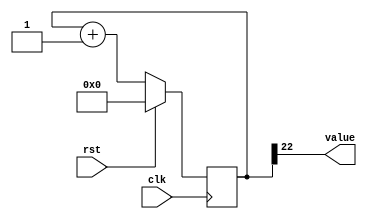
/*
   This file was generated automatically by Alchitry Labs version 1.2.7.
   Do not edit this file directly. Instead edit the original Lucid source.
   This is a temporary file and any changes made to it will be destroyed.
*/

/*
   Parameters:
     SIZE = 1
     DIV = 22
     TOP = 0
     UP = 1
*/
module counter_13 (
    input clk,
    input rst,
    output reg [0:0] value
  );
  
  localparam SIZE = 1'h1;
  localparam DIV = 5'h16;
  localparam TOP = 1'h0;
  localparam UP = 1'h1;
  
  
  reg [22:0] M_ctr_d, M_ctr_q = 1'h0;
  
  localparam MAX_VALUE = 23'h3fffff;
  
  always @* begin
    M_ctr_d = M_ctr_q;
    
    value = M_ctr_q[22+0-:1];
    if (1'h1) begin
      M_ctr_d = M_ctr_q + 1'h1;
      if (1'h0 && M_ctr_q == 23'h3fffff) begin
        M_ctr_d = 1'h0;
      end
    end else begin
      M_ctr_d = M_ctr_q - 1'h1;
      if (1'h0 && M_ctr_q == 1'h0) begin
        M_ctr_d = 23'h3fffff;
      end
    end
  end
  
  always @(posedge clk) begin
    if (rst == 1'b1) begin
      M_ctr_q <= 1'h0;
    end else begin
      M_ctr_q <= M_ctr_d;
    end
  end
  
endmodule